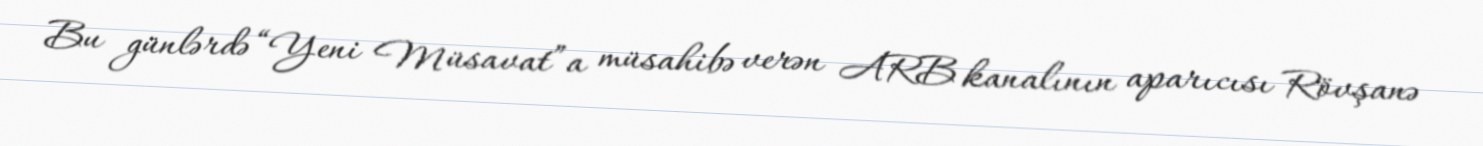
Bu günlərdə “Yeni Müsavat”a müsahibə verən ARB kanalının aparıcısı Rövşanə